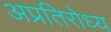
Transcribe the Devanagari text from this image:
अप्रतिरोध्य